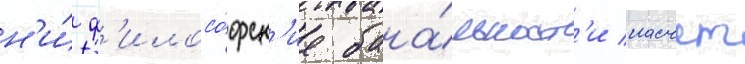
н'и́ ф'илосо́фск'ие бана́льност'и насчет